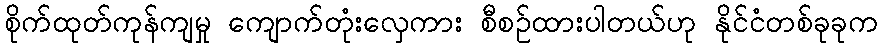
စိုက်ထုတ်ကုန်ကျမှု ကျောက်တုံးလှေကား စီစဉ်ထားပါတယ်ဟု နိုင်ငံတစ်ခုခုက